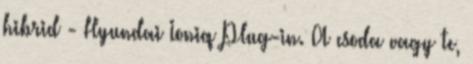
hibrid - Hyundai Ioniq Plug-in. A csoda vagy te,